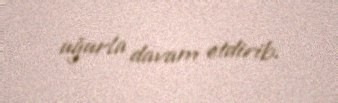
uğurla davam etdirib.